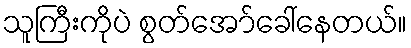
သူကြီးကိုပဲ စွတ်အော်ခေါ်နေတယ်။